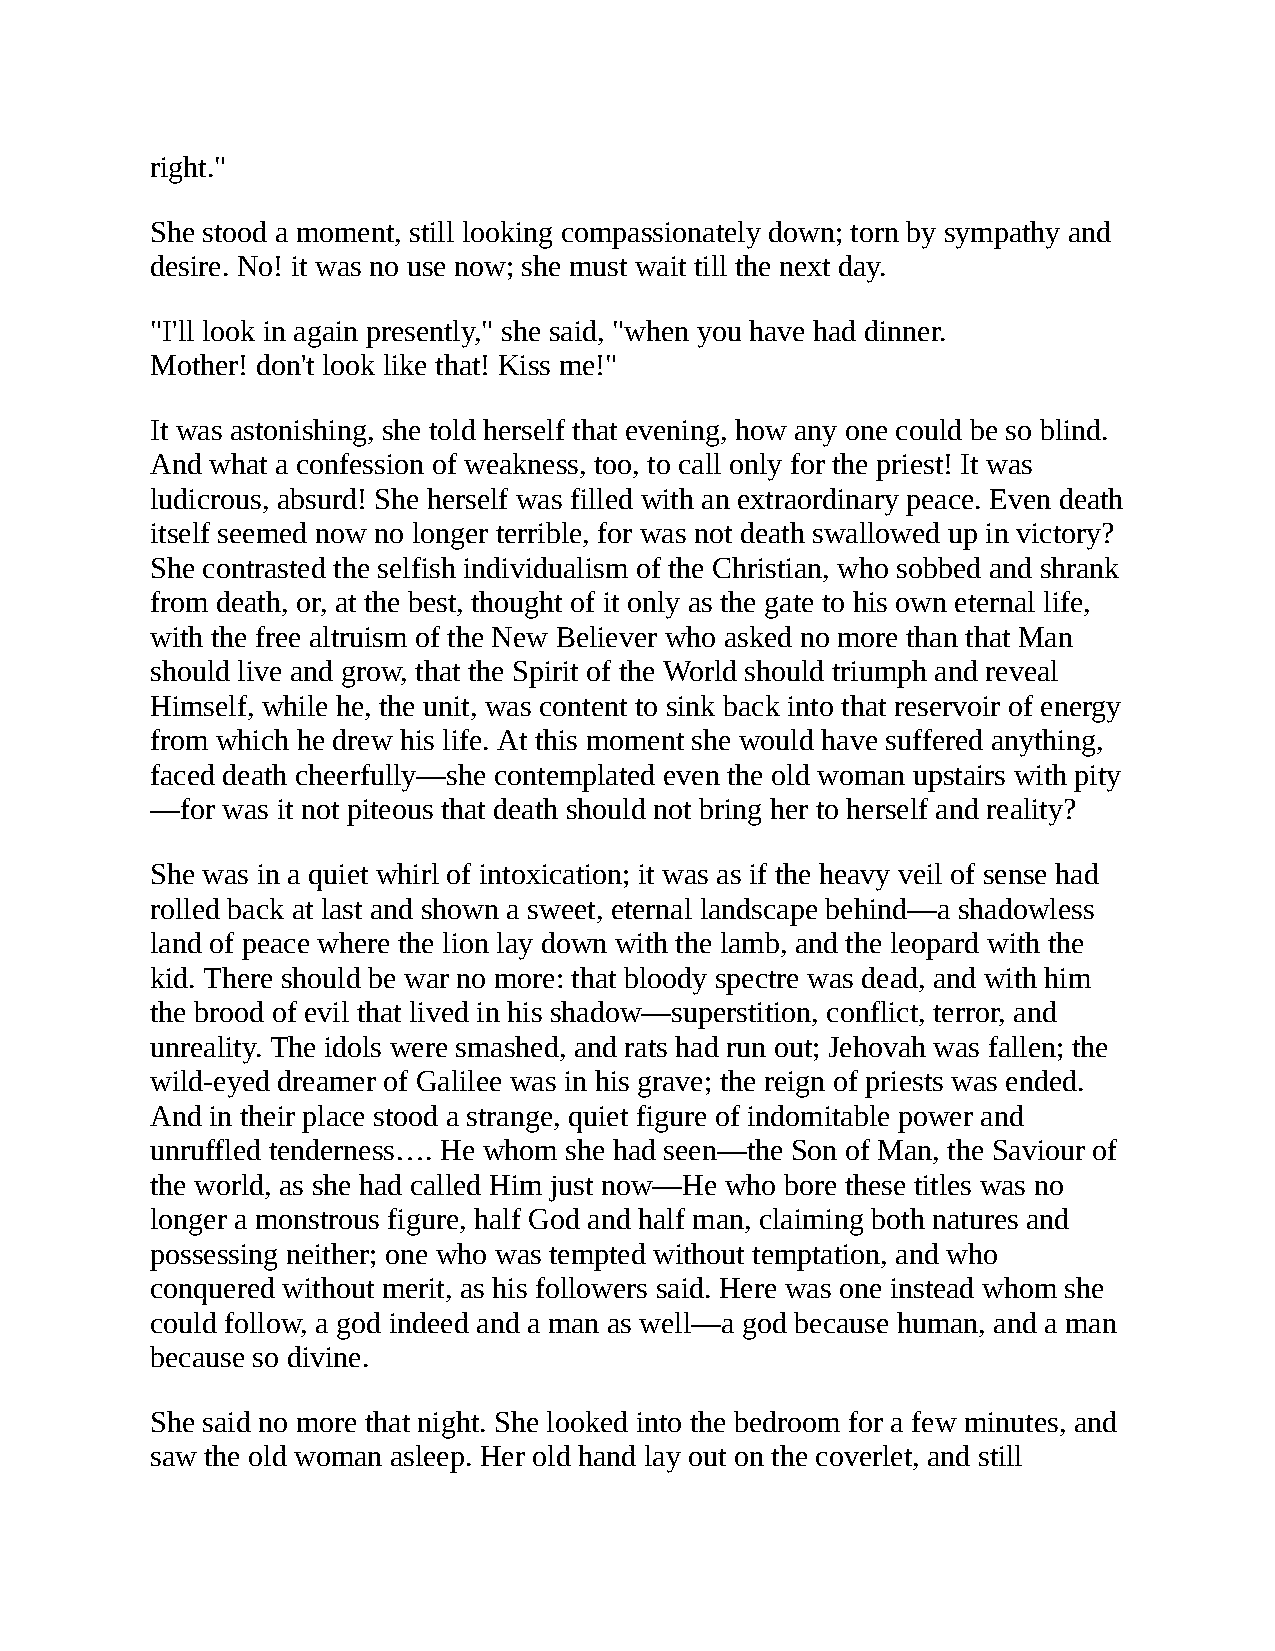
right."
 She stood a moment, still looking compassionately down; torn by sympathy and
 desire. No! it was no use now; she must wait till the next day.
 "I'll look in again presently," she said, "when you have had dinner.
 Mother! don't look like that! Kiss me!"
 It was astonishing, she told herself that evening, how any one could be so blind.
 And what a confession of weakness, too, to call only for the priest! It was
 ludicrous, absurd! She herself was filled with an extraordinary peace. Even death
 itself seemed now no longer terrible, for was not death swallowed up in victory?
 She contrasted the selfish individualism of the Christian, who sobbed and shrank
 from death, or, at the best, thought of it only as the gate to his own eternal life,
 with the free altruism of the New Believer who asked no more than that Man
 should live and grow, that the Spirit of the World should triumph and reveal
 Himself, while he, the unit, was content to sink back into that reservoir of energy
 from which he drew his life. At this moment she would have suffered anything,
 faced death cheerfully—she contemplated even the old woman upstairs with pity
 —for was it not piteous that death should not bring her to herself and reality?
 She was in a quiet whirl of intoxication; it was as if the heavy veil of sense had
 rolled back at last and shown a sweet, eternal landscape behind—a shadowless
 land of peace where the lion lay down with the lamb, and the leopard with the
 kid. There should be war no more: that bloody spectre was dead, and with him
 the brood of evil that lived in his shadow—superstition, conflict, terror, and
 unreality. The idols were smashed, and rats had run out; Jehovah was fallen; the
 wild-eyed dreamer of Galilee was in his grave; the reign of priests was ended.
 And in their place stood a strange, quiet figure of indomitable power and
 unruffled tenderness…. He whom she had seen—the Son of Man, the Saviour of
 the world, as she had called Him just now—He who bore these titles was no
 longer a monstrous figure, half God and half man, claiming both natures and
 possessing neither; one who was tempted without temptation, and who
 conquered without merit, as his followers said. Here was one instead whom she
 could follow, a god indeed and a man as well—a god because human, and a man
 because so divine.
 She said no more that night. She looked into the bedroom for a few minutes, and
 saw the old woman asleep. Her old hand lay out on the coverlet, and still